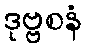
ဒုဗ္ဗစနံ